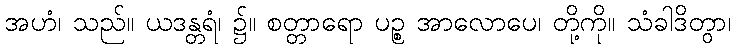
အဟံ၊ သည်။ ယဒန္တရံ၊ ၌။ စတ္တာရော ပဉ္စ အာလောပေ၊ တို့ကို။ သံခါဒိတွာ၊